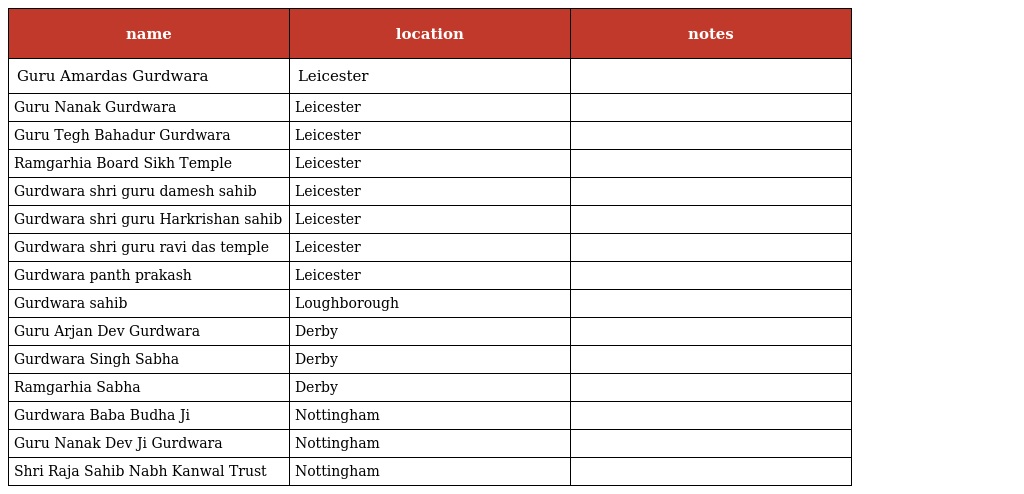
| name | location | notes |
 | --- | --- | --- |
 | Guru Amardas Gurdwara | Leicester |  |
 | Guru Nanak Gurdwara | Leicester |  |
 | Guru Tegh Bahadur Gurdwara | Leicester |  |
 | Ramgarhia Board Sikh Temple | Leicester |  |
 | Gurdwara shri guru damesh sahib | Leicester |  |
 | Gurdwara shri guru Harkrishan sahib | Leicester |  |
 | Gurdwara shri guru ravi das temple | Leicester |  |
 | Gurdwara panth prakash | Leicester |  |
 | Gurdwara sahib | Loughborough |  |
 | Guru Arjan Dev Gurdwara | Derby |  |
 | Gurdwara Singh Sabha | Derby |  |
 | Ramgarhia Sabha | Derby |  |
 | Gurdwara Baba Budha Ji | Nottingham |  |
 | Guru Nanak Dev Ji Gurdwara | Nottingham |  |
 | Shri Raja Sahib Nabh Kanwal Trust | Nottingham |  |